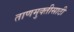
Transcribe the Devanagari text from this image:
ताणमुक्तीसाठी